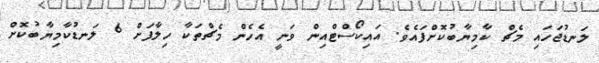
ލަނޑުޖަހައި މެޗް ކާމިޔާބުކޮށްފައެވެ. އައިކޯސްޓްއިން ވަނީ އެހެން މެޗްތަކާ ހިލާފަށް 6 ލަނޑުކާމިޔާބުކޮށް